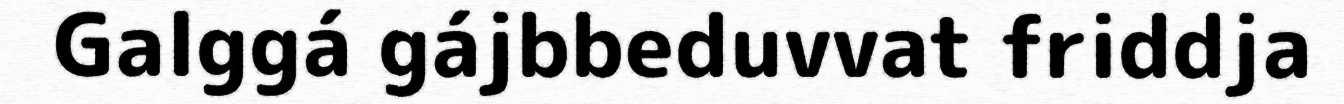
Galggá gájbbeduvvat friddja